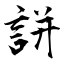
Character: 誁